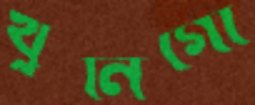
খুনিগো